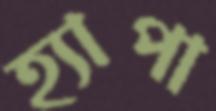
হ্যাপা